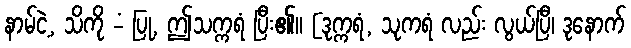
နာမ်ငဲ့, သိကို -ံ ပြု, ဤသက္ကရံ ပြီး၏။ [ဒုက္ကရံ, သုကရံ လည်း လွယ်ပြီ၊ ဒုနောက်